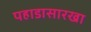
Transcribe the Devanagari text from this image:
पहाडासारखा